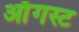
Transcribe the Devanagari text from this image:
आँगस्ट